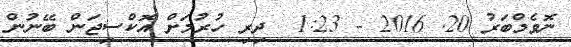
ނޮވެމްބަރު 20